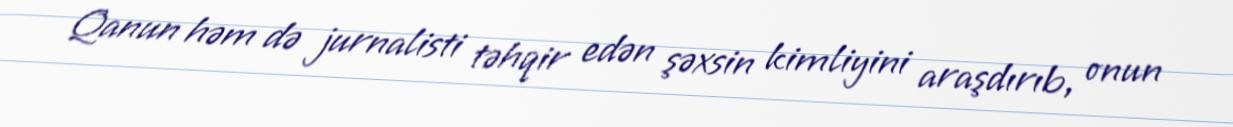
Qanun həm də jurnalisti təhqir edən şəxsin kimliyini araşdırıb, onun